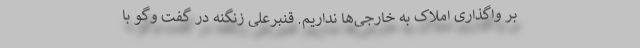
بر واگذاری املاک به خارجی‌ها نداریم. قنبرعلی زنگنه در گفت وگو با